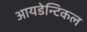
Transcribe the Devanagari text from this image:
आयडेन्टिकल